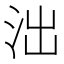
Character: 泏